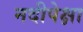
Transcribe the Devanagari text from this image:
नदीपेक्षा